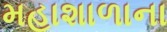
મહાશાળાના